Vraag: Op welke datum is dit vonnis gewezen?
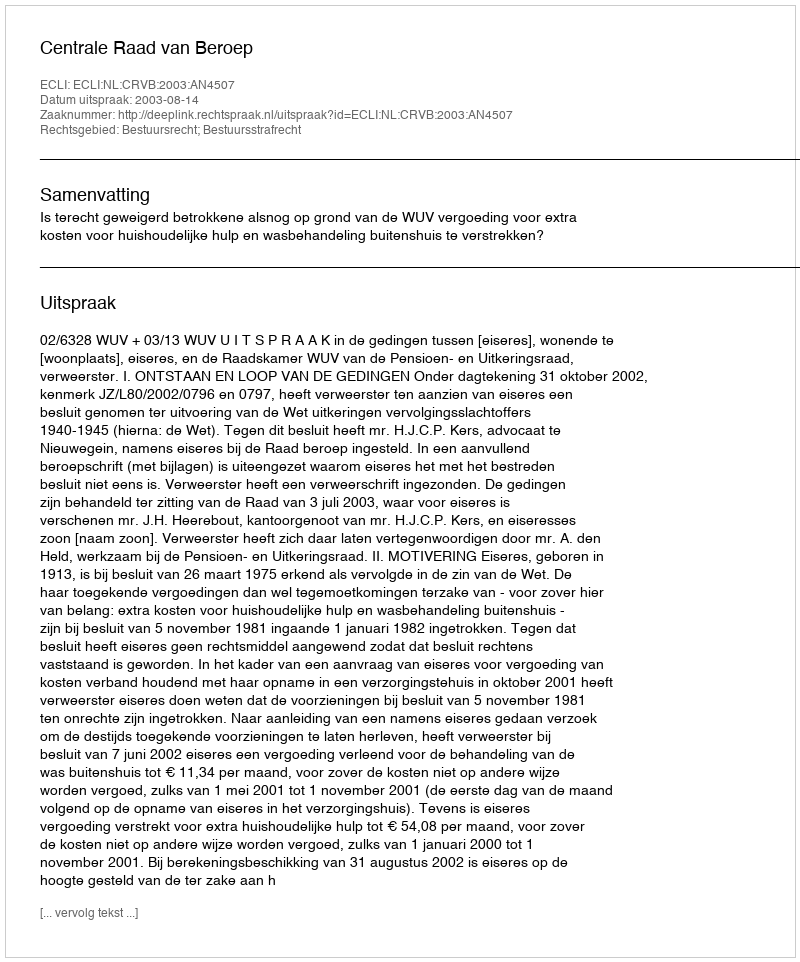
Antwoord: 2003-08-14